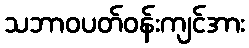
သဘာဝပတ်ဝန်းကျင်အား